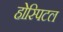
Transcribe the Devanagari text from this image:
होस्पिटल